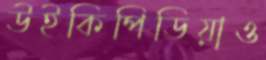
উইকিপিডিয়াও